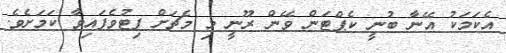
އެކަމަކު އޭނާ ބުނީ ކެޕްޓަން ވޭން ރޫނީ މި މެޗަށް ފިޓުވެފައިވާ ކަމަށެވެ.